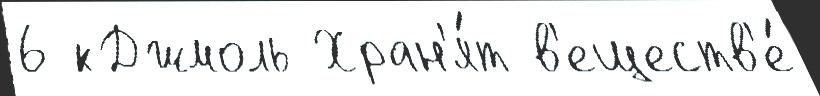
6 кДжмоль Хран'я́т в'еществ'е́